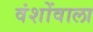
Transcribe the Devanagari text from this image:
वंशोंवाला